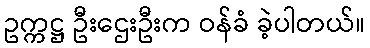
ဥက္ကဋ္ဌ ဦးဌေးဦးက ဝန်ခံ ခဲ့ပါတယ်။